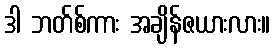
ဒါ ဘတ်စ်ကား အချိန်ဇယားလား။